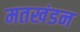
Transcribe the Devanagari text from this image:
मतखंडन